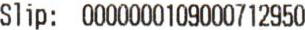
SLIP: 0000000109000712950